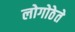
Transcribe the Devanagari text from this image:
लोगोठेते